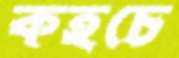
কহচে